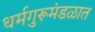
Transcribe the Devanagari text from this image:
धर्मगुरूमंडळात